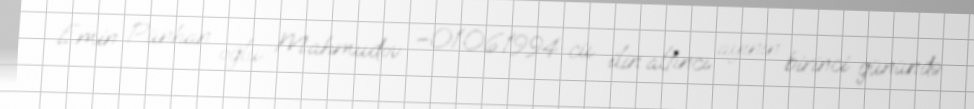
Emin Pünhan oğlu Mahmudov –01.06.1994-cü ilin altıncı ayının birinci günündə